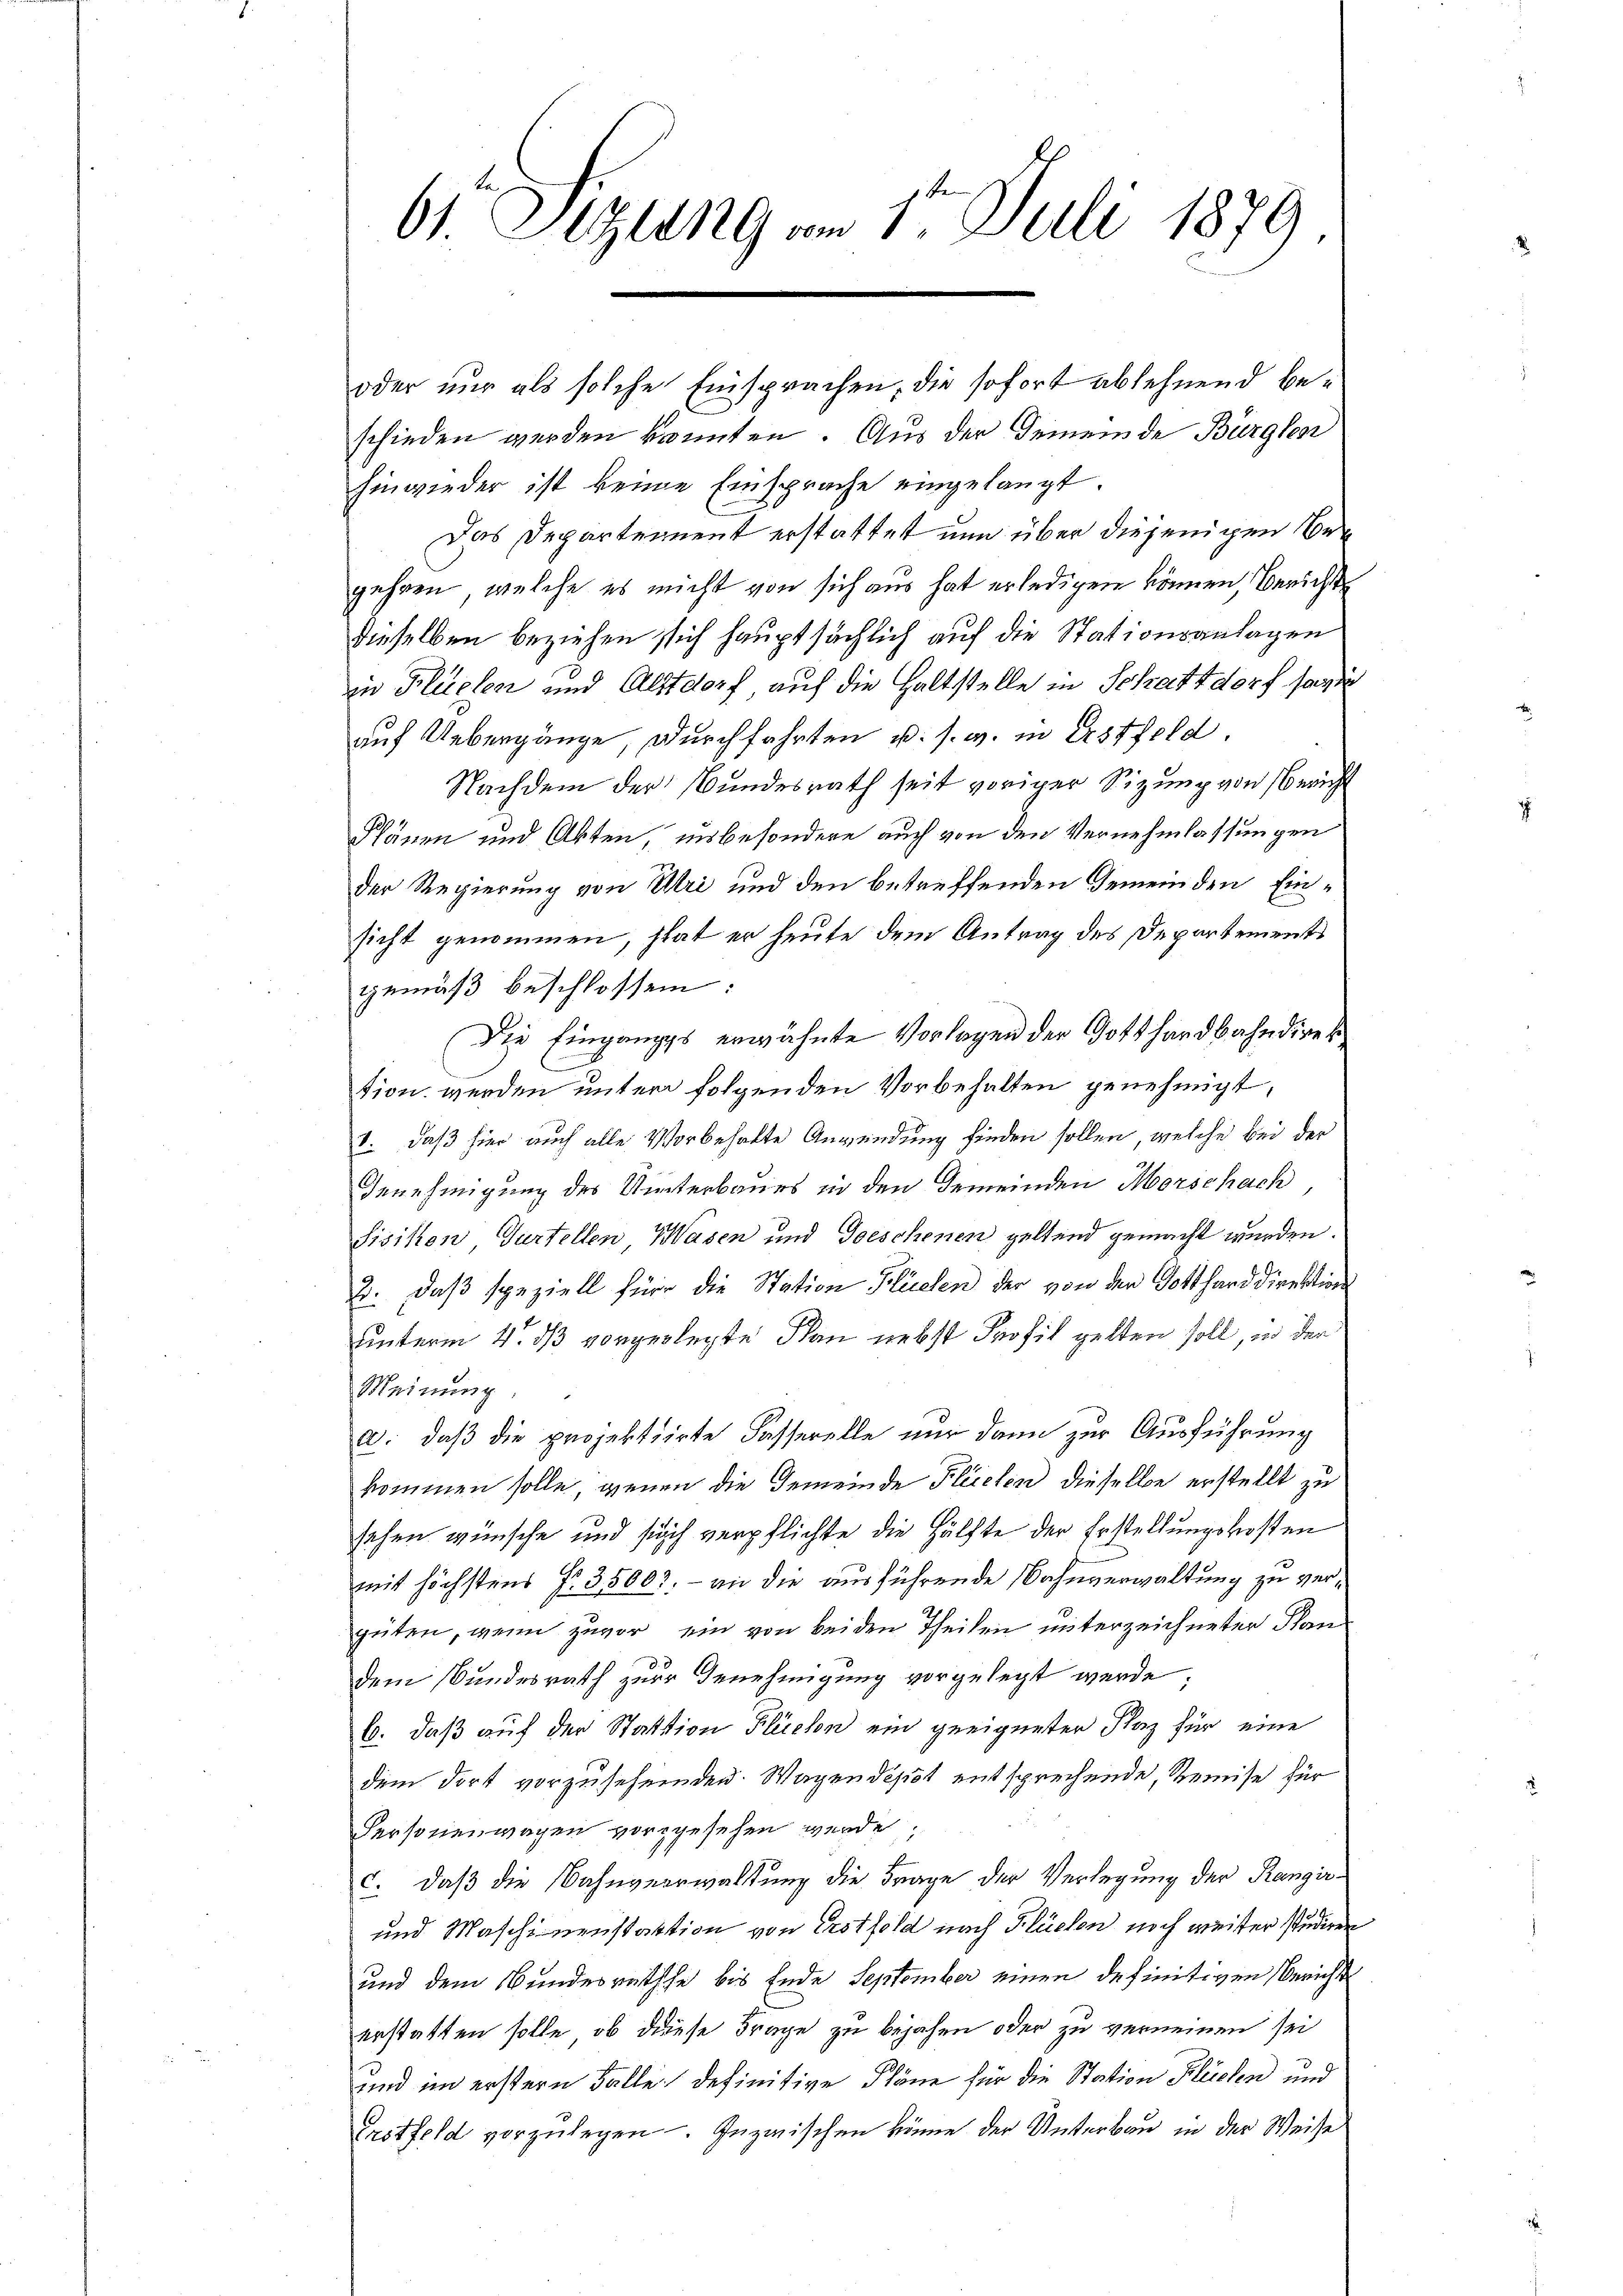
schieden werden könnten. Aus der Gemeinde Bürglen
hinwieder ist keine Einsprache eingelangt.
Das Departement erstattet nun über diejenigen Begehren, welche es nicht von sich aus hat erledigen können, Berichts
dieselben beziehen sich hauptsächlich auf die Stationsanlagen
in Flüelen und Altdorf auf die Haltstelle in Schattdorf sowie
auf Uebergänge, Durchfahrten u. s. w. in Erstfeld.
Nachdem der Bundesrath seit voriger Sizung von Bericht
Plänen und Akten, insbesondere auch von den Vernehmlassungen
der Regierung von Uri und den betreffenden Gemeinden Einsicht genommen, stat er heute dem Antrag des Departements
gemäß beschlossen:
Die Eingangs erwähnte Vorlagen der Gotthardbahndirek
E
tion werden unter folgenden Vorbehalten genehmigt,
1. daß hier auch alle Vorbehalte Anwendung finden sollen, welche bei der
Genehmigung des Unterbaues in den Gemeinden Morschach,
Sisiken, Gurtellen Hasen und Geeschenen geltend gemacht wurden.
2. daß speziell für die Station Flüelen der von der Gotthard direktion
unterm 4. ds vorgelegte Man nebst Profil gelten soll, in der
Meinung
a. daß die projektirte Fasserelle nur dann zur Ausführung
kommen solle, wenn die Gemeinde Flüelen dieselbe erstellt zu
sehen wünsche und sich verpflichte die Hälfte der Erstellungskosten
mit höchstens Fr. 35003. – an die ausführende Bahnverwaltung zu vergüten, wenn zuvor, ein von beiden Theilen unterzeichneter Plan
dem Bundesrath zur Genehmigung vorgelegt werde;
6. daß auf der Station Flüchen ein geeigneter Plaz für eine
dem dort vorzusehenden. Wagendesst entsprechende, Remise für
Personenwagen vorzgesehen werde.
c. daß die Bahnverwaltung die Frage der Verlegung der Rangir-
und Maschinenstaktion von Erstfeld nach Flüchen noch weiter studiren
und dem Bundesratsche bis Ende September einen definitiven Bericht
erstatten solle, ob diese Frage zu bejahen oder zu verneinen sei
und im erstern Falle definitive Pläne für die Station Flüchen und
Grotfeld vorzulegen. Inzwischen könne der Unterbau in der Weise

61. Sizung am 1. Juli 1879

oder nur als solche Einsprachen, die sofort ablehnend be¬